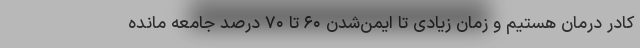
کادر درمان هستیم و زمان زیادی تا ایمن‌شدن ۶۰ تا ۷۰ درصد جامعه مانده